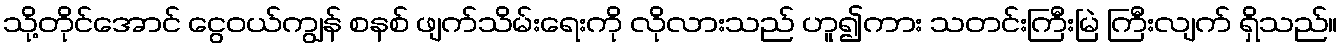
သို့တိုင်အောင် ငွေဝယ်ကျွန် စနစ် ဖျက်သိမ်းရေးကို လိုလားသည် ဟူ၍ကား သတင်းကြီးမြဲ ကြီးလျက် ရှိသည်။